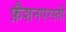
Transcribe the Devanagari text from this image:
फ़ैशनपरस्ती